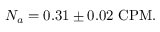
N _ { a } = 0 . 3 1 \pm 0 . 0 2 \, \, \mathrm { C P M } .